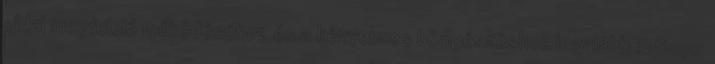
oldal megfelelő működéséhez és a kényelmes böngészéshez legalább 1280px